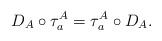
LaTeX: \begin{align*} D_A \circ \tau^A_a = \tau^A_a \circ D_A .\end{align*}